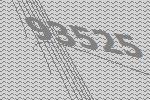
93525